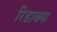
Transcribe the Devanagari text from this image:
रिडाक्स